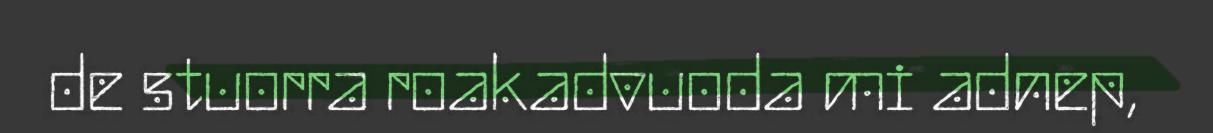
de stuorra roakadvuoda mi adnep,